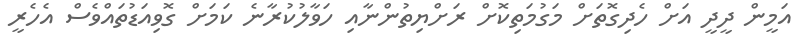
އަމީން ދީދީ އަށް ހެދިގޮތަށް މަގުމަތިކޮށް ރަށްޔިތުންނާއި ހަވާލުކުރާނެ ކަމަށް ގޮވިއަޑުތައްވެސް އެހެރީ